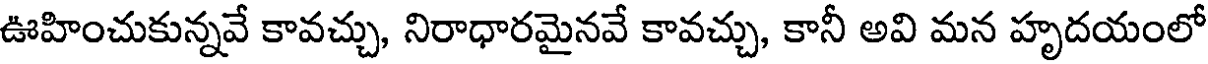
ఊహించుకున్నవే కావచ్చు, నిరాధారమైనవే కావచ్చు, కానీ అవి మన హృదయంలో